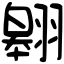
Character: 翱